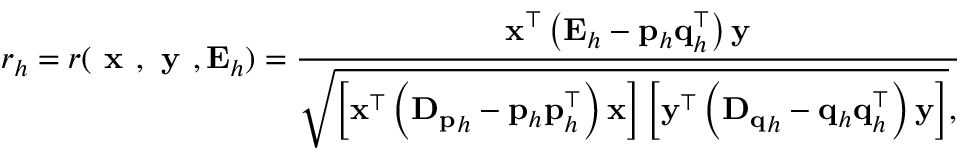
r _ { h } = r ( \textbf { x } , \textbf { y } , \mathbf { E } _ { h } ) = \frac { \mathbf { x } ^ { \top } \left( \mathbf { E } _ { h } - \mathbf { p } _ { h } \mathbf { q } _ { h } ^ { \top } \right) \mathbf { y } } { \sqrt { \left[ \mathbf { x } ^ { \top } \left( \mathbf { D _ { p } } _ { h } - \mathbf { p } _ { h } \mathbf { p } _ { h } ^ { \top } \right) \mathbf { x } \right] \left[ \mathbf { y } ^ { \top } \left( \mathbf { D _ { q } } _ { h } - \mathbf { q } _ { h } \mathbf { q } _ { h } ^ { \top } \right) \mathbf { y } \right] } , }